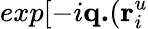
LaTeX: exp[-i{\mathbf{q.}}({\mathbf{r}}_{i}^{u}